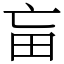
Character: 𤰡